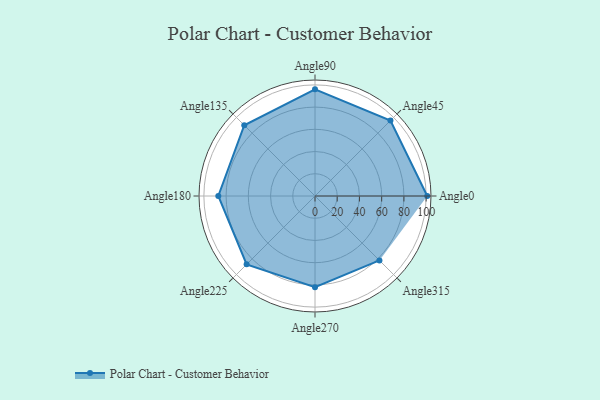
{"axis": {"x": "Angle", "y": "Radius"}, "legend": [""], "data": [{"x": "Angle0", "y": 101.0, "type": ""}, {"x": "Angle45", "y": 96.0, "type": ""}, {"x": "Angle90", "y": 96.0, "type": ""}, {"x": "Angle135", "y": 90.0, "type": ""}, {"x": "Angle180", "y": 87.0, "type": ""}, {"x": "Angle225", "y": 87.0, "type": ""}, {"x": "Angle270", "y": 82.0, "type": ""}, {"x": "Angle315", "y": 82.0, "type": ""}]}